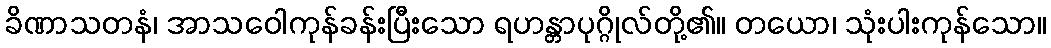
ခိဏာသတနံ၊ အာသဝေါကုန်ခန်းပြီးသော ရဟန္တာပုဂ္ဂိုလ်တို့၏။ တယော၊ သုံးပါးကုန်သော။